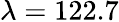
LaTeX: \lambda=122.7